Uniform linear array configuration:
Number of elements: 24
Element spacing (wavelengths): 0.75
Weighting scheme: uniform
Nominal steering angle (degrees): -45
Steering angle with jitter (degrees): -45.362
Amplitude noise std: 0.05
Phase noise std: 0.05

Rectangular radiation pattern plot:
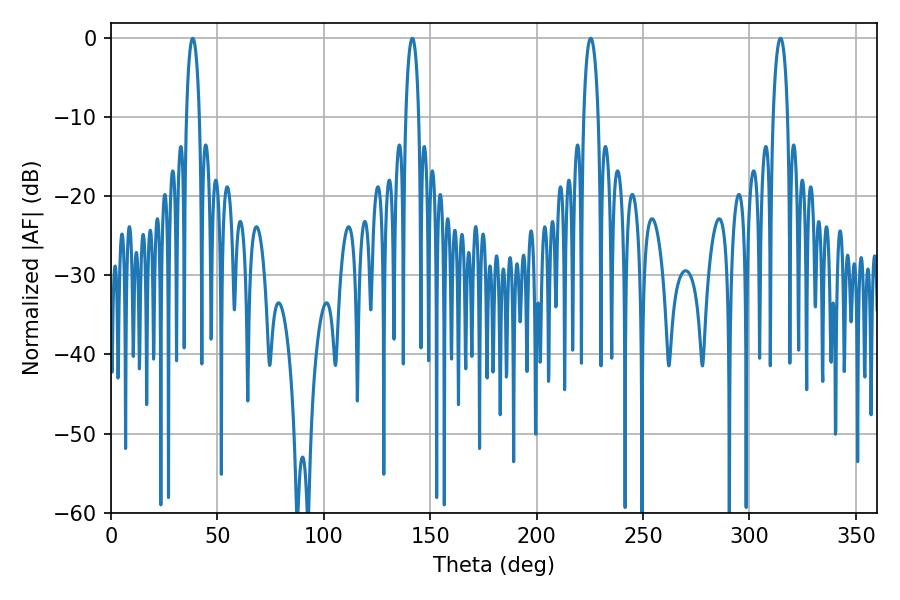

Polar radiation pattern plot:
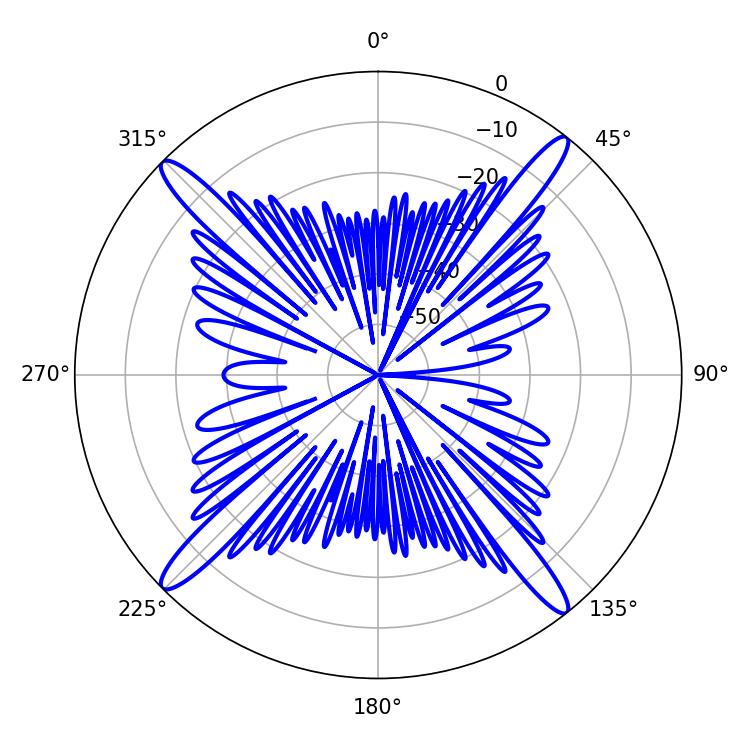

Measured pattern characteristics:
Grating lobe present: TRUE
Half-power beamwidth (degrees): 3.78
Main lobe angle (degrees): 225.36